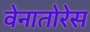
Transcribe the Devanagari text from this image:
वेनातोरेस